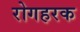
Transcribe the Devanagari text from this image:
रोगहरक